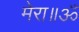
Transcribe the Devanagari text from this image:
मेरा॥ॐ